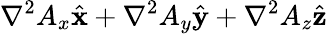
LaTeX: \nabla^{2}A_{x}{\hat{\mathbf{x}}}+\nabla^{2}A_{y}{\hat{\mathbf{y}}}+\nabla^{2}A_{z}{\hat{\mathbf{z}}}